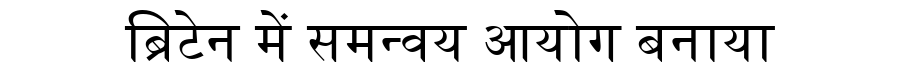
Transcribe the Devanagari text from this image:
ब्रिटेन में समन्वय आयोग बनाया